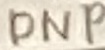
Text: DNP